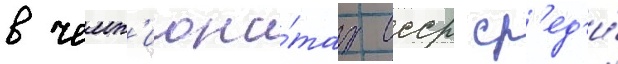
в чемп'иона́тах ссср ср'ед'и́